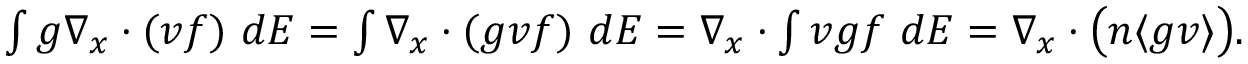
\begin{array} { r } { \int g \nabla _ { \boldsymbol { x } } \cdot ( \boldsymbol { v } f ) \ d E = \int \nabla _ { \boldsymbol { x } } \cdot ( g \boldsymbol { v } f ) \ d E = \nabla _ { \boldsymbol { x } } \cdot \int \boldsymbol { v } g f \ d E = \nabla _ { \boldsymbol { x } } \cdot \big ( n \langle g \boldsymbol { v } \rangle \big ) . } \end{array}